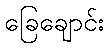
ခြေချောင်း